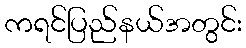
ကရင်ပြည်နယ်အတွင်း